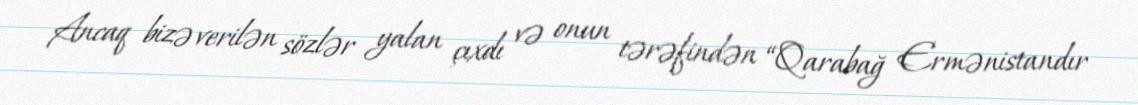
Ancaq bizə verilən sözlər yalan çıxdı və onun tərəfindən “Qarabağ Ermənistandır